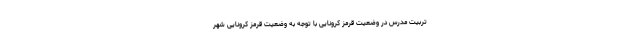
تربیت مدرس در وضعیت قرمز کرونایی با توجه به وضعیت قرمز کرونایی شهر